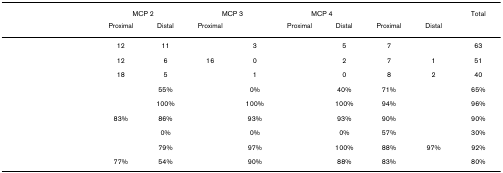
<table><thead><tr><td>[EMPTY_CELL]</td><td colspan="2"><b>MCP 2</b></td><td colspan="2"><b>MCP 3</b></td><td colspan="2"><b>MCP 4</b></td><td colspan="2">[EMPTY_CELL]</td><td><b>Total</b></td></tr><tr><td>[EMPTY_CELL]</td><td><b>Proximal</b></td><td><b>Distal</b></td><td><b>Proximal</b></td><td>[EMPTY_CELL]</td><td><b>Proximal</b></td><td><b>Distal</b></td><td><b>Proximal</b></td><td><b>Distal</b></td><td>[EMPTY_CELL]</td></tr></thead><tbody><tr><td>[EMPTY_CELL]</td><td>12</td><td>11</td><td>[EMPTY_CELL]</td><td>3</td><td>[EMPTY_CELL]</td><td>5</td><td>7</td><td>[EMPTY_CELL]</td><td>63</td></tr><tr><td>[EMPTY_CELL]</td><td>12</td><td>6</td><td>16</td><td>0</td><td>[EMPTY_CELL]</td><td>2</td><td>7</td><td>1</td><td>51</td></tr><tr><td>[EMPTY_CELL]</td><td>18</td><td>5</td><td>[EMPTY_CELL]</td><td>1</td><td>[EMPTY_CELL]</td><td>0</td><td>8</td><td>2</td><td>40</td></tr><tr><td>[EMPTY_CELL]</td><td>[EMPTY_CELL]</td><td>55%</td><td>[EMPTY_CELL]</td><td>0%</td><td>[EMPTY_CELL]</td><td>40%</td><td>71%</td><td>[EMPTY_CELL]</td><td>65%</td></tr><tr><td>[EMPTY_CELL]</td><td>[EMPTY_CELL]</td><td>100%</td><td>[EMPTY_CELL]</td><td>100%</td><td>[EMPTY_CELL]</td><td>100%</td><td>94%</td><td>[EMPTY_CELL]</td><td>96%</td></tr><tr><td>[EMPTY_CELL]</td><td>83%</td><td>86%</td><td>[EMPTY_CELL]</td><td>93%</td><td>[EMPTY_CELL]</td><td>93%</td><td>90%</td><td>[EMPTY_CELL]</td><td>90%</td></tr><tr><td>[EMPTY_CELL]</td><td>[EMPTY_CELL]</td><td>0%</td><td>[EMPTY_CELL]</td><td>0%</td><td>[EMPTY_CELL]</td><td>0%</td><td>57%</td><td>[EMPTY_CELL]</td><td>30%</td></tr><tr><td>[EMPTY_CELL]</td><td>[EMPTY_CELL]</td><td>79%</td><td>[EMPTY_CELL]</td><td>97%</td><td>[EMPTY_CELL]</td><td>100%</td><td>88%</td><td>97%</td><td>92%</td></tr><tr><td>[EMPTY_CELL]</td><td>77%</td><td>54%</td><td>[EMPTY_CELL]</td><td>90%</td><td>[EMPTY_CELL]</td><td>88%</td><td>83%</td><td>[EMPTY_CELL]</td><td>80%</td></tr></tbody></table>